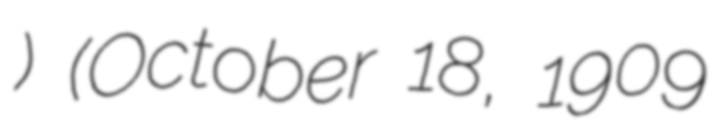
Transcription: Меттер) (October 18, 1909